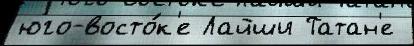
юго-восто́к'е Лайши Татан'е